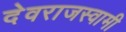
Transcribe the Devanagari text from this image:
देवराजस्वामी